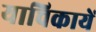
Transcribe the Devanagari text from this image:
याचिकायें